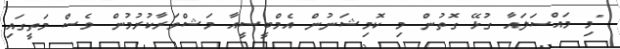
"މި މައްސަލައާ ގުޅޭ ގޮތުން މި ކޮމިޝަނުން އެމްބީސީއާ މަޝްވަރާކުރުމުން ވެސް މަތީގައި